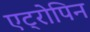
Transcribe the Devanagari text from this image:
एट्रोपिन